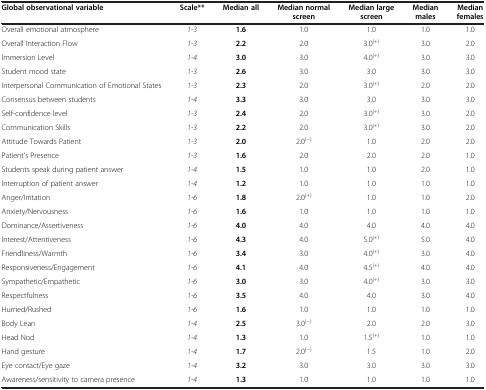
<table><thead><tr><td><b>Global observational variable</b></td><td><b>Scale**</b></td><td><b>Median all</b></td><td><b>Median normal screen</b></td><td><b>Median large screen</b></td><td><b>Median males</b></td><td><b>Median females</b></td></tr></thead><tbody><tr><td>Overall emotional atmosphere</td><td><i>1-3</i></td><td><b>1.6</b></td><td>1.0</td><td>1.0</td><td>1.0</td><td>1.0</td></tr><tr><td>Overall Interaction Flow</td><td><i>1-3</i></td><td><b>2.2</b></td><td>2.0</td><td>3.0<sup>(+)</sup></td><td>3.0</td><td>2.0</td></tr><tr><td>Immersion Level</td><td><i>1-4</i></td><td><b>3.0</b></td><td>3.0</td><td>4.0<sup>(+)</sup></td><td>3.0</td><td>3.0</td></tr><tr><td>Student mood state</td><td><i>1-3</i></td><td><b>2.6</b></td><td>3.0</td><td>3.0</td><td>3.0</td><td>3.0</td></tr><tr><td>Interpersonal Communication of Emotional States</td><td><i>1-3</i></td><td><b>2.3</b></td><td>2.0</td><td>3.0<sup>(+)</sup></td><td>2.0</td><td>2.0</td></tr><tr><td>Consensus between students</td><td><i>1-4</i></td><td><b>3.3</b></td><td>3.0</td><td>3.0</td><td>3.0</td><td>3.0</td></tr><tr><td>Self-confidence level</td><td><i>1-3</i></td><td><b>2.4</b></td><td>2.0</td><td>3.0<sup>(+)</sup></td><td>3.0</td><td>2.0</td></tr><tr><td>Communication Skills</td><td><i>1-3</i></td><td><b>2.2</b></td><td>2.0</td><td>3.0<sup>(+)</sup></td><td>3.0</td><td>2.0</td></tr><tr><td>Attitude Towards Patient</td><td><i>1-3</i></td><td><b>2.0</b></td><td>2.0<sup>(−)</sup></td><td>1.0</td><td>2.0</td><td>2.0</td></tr><tr><td>Patient&#x27;s Presence</td><td><i>1-3</i></td><td><b>1.6</b></td><td>2.0</td><td>2.0</td><td>2.0</td><td>1.0</td></tr><tr><td>Students speak during patient answer</td><td><i>1-4</i></td><td><b>1.5</b></td><td>1.0</td><td>1.0</td><td>2.0</td><td>1.0</td></tr><tr><td>Interruption of patient answer</td><td><i>1-4</i></td><td><b>1.2</b></td><td>1.0</td><td>1.0</td><td>1.0</td><td>1.0</td></tr><tr><td>Anger/Irritation</td><td><i>1-6</i></td><td><b>1.8</b></td><td>2.0<sup>(+)</sup></td><td>1.0</td><td>1.0</td><td>2.0</td></tr><tr><td>Anxiety/Nervousness</td><td><i>1-6</i></td><td><b>1.6</b></td><td>1.0</td><td>1.0</td><td>1.0</td><td>1.0</td></tr><tr><td>Dominance/Assertiveness</td><td><i>1-6</i></td><td><b>4.0</b></td><td>4.0</td><td>4.0</td><td>4.0</td><td>4.0</td></tr><tr><td>Interest/Attentiveness</td><td><i>1-6</i></td><td><b>4.3</b></td><td>4.0</td><td>5.0<sup>(+)</sup></td><td>5.0</td><td>4.0</td></tr><tr><td>Friendliness/Warmth</td><td><i>1-6</i></td><td><b>3.4</b></td><td>3.0</td><td>4.0<sup>(+)</sup></td><td>3.0</td><td>4.0</td></tr><tr><td>Responsiveness/Engagement</td><td><i>1-6</i></td><td><b>4.1</b></td><td>4.0</td><td>4.5<sup>(+)</sup></td><td>4.0</td><td>4.0</td></tr><tr><td>Sympathetic/Empathetic</td><td><i>1-6</i></td><td><b>3.0</b></td><td>3.0</td><td>4.0<sup>(+)</sup></td><td>3.0</td><td>3.0</td></tr><tr><td>Respectfulness</td><td><i>1-6</i></td><td><b>3.5</b></td><td>4.0</td><td>4.0</td><td>3.0</td><td>4.0</td></tr><tr><td>Hurried/Rushed</td><td><i>1-6</i></td><td><b>1.6</b></td><td>1.0</td><td>1.0</td><td>1.0</td><td>1.0</td></tr><tr><td>Body Lean</td><td><i>1-4</i></td><td><b>2.5</b></td><td>3.0<sup>(−)</sup></td><td>2.0</td><td>2.0</td><td>3.0</td></tr><tr><td>Head Nod</td><td><i>1-4</i></td><td><b>1.3</b></td><td>1.0</td><td>1.5<sup>(+)</sup></td><td>1.0</td><td>1.0</td></tr><tr><td>Hand gesture</td><td><i>1-4</i></td><td><b>1.7</b></td><td>2.0<sup>(−)</sup></td><td>1.5</td><td>1.0</td><td>2.0</td></tr><tr><td>Eye contact/Eye gaze</td><td><i>1-4</i></td><td><b>3.2</b></td><td>3.0</td><td>3.0</td><td>3.0</td><td>3.0</td></tr><tr><td>Awareness/sensitivity to camera presence</td><td><i>1-4</i></td><td><b>1.3</b></td><td>1.0</td><td>1.0</td><td>1.0</td><td>1.0</td></tr></tbody></table>